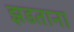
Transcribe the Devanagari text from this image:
झडताना